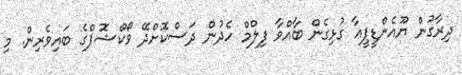
ދިރާގުން ޔޫއެންޑީޕީއާ ގުޅިގެން ބާއްވާ ފިލްމް ހެދުން ދަސްކޮށްދޭ ވޯކްޝޮޕްގެ ބައިވެރިން. މި